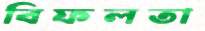
বিফলতা